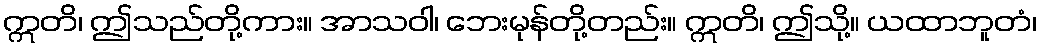
ဣတိ၊ ဤသည်တို့ကား။ အာသဝါ၊ ဘေးမုန်တို့တည်း။ ဣတိ၊ ဤသို့။ ယထာဘူတံ၊